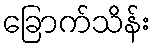
ခြောက်သိန်း